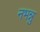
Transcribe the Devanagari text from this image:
नभन्नु